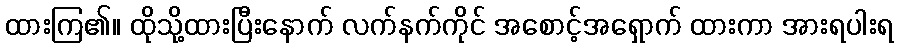
ထားကြ၏။ ထိုသို့ထားပြီးနောက် လက်နက်ကိုင် အစောင့်အရှောက် ထားကာ အားရပါးရ